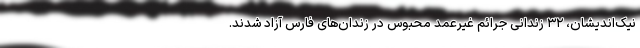
نیک‌اندیشان، ۳۲ زندانی جرائم غیرعمد محبوس در زندان‌های فارس آزاد شدند.